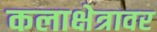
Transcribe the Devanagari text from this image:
कलाक्षेत्रावर